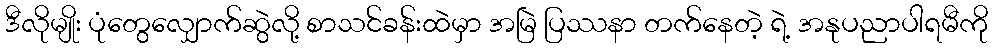
ဒီလိုမျိုး ပုံတွေလျှောက်ဆွဲလို့ စာသင်ခန်းထဲမှာ အမြဲ ပြဿနာ တက်နေတဲ့ ရဲ့ အနုပညာပါရမီကို